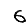
Digit: 6